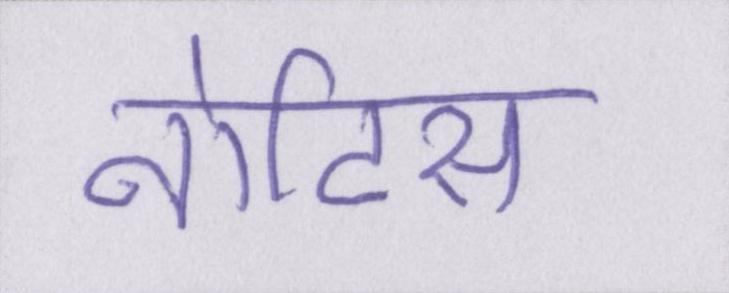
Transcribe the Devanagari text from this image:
नोटिस